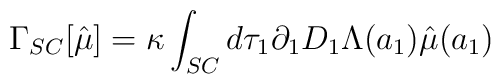
\Gamma_{SC}[\hat\mu] =\kappa\int_{SC} d\tau_1 \partial_1 D_1\Lambda (a_1)\hat\mu(a_1)